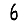
Digit: 6